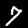
Digit: 7